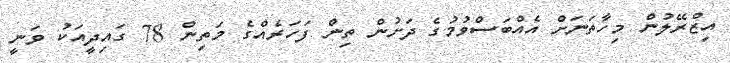
އިޒްރޭލުން މިހާތަނަށް އެއްބަސްވުމުގެ ދަށުން ތިން ފަހަރެއްގެ މަތިން 78 ގައިދީއަކު ވަނީ